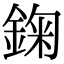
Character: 𨨠